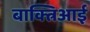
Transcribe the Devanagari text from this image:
बाक्त्रिआई